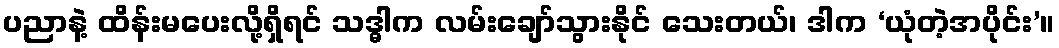
ပညာနဲ့ ထိန်းမပေးလို့ရှိရင် သဒ္ဓါက လမ်းချော်သွားနိုင် သေးတယ်၊ ဒါက ‘ယုံတဲ့အပိုင်း’။